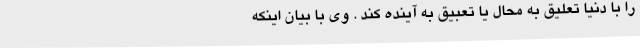
را با دنیا تعلیق به محال یا تعبیق به آینده کند . وی با بیان اینکه